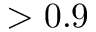
> 0 . 9